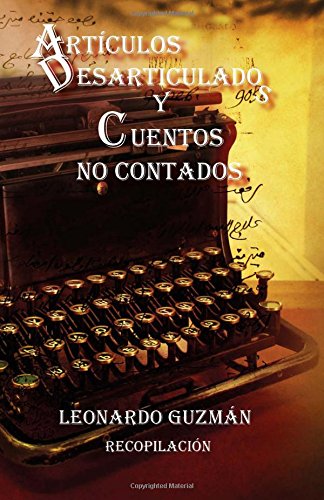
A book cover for Articulos Desarticulados Y Cuentos No Contados (Spanish Edition); Leonardo Guzman; Literature & Fiction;